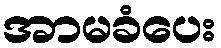
အာမခံပေး